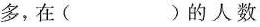
多，在( )的人数